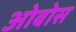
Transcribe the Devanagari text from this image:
ओबोस